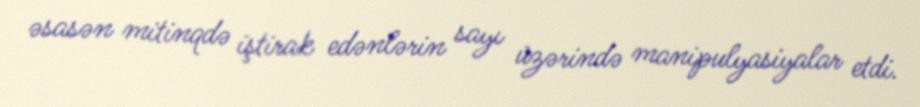
əsasən mitinqdə iştirak edənlərin sayı üzərində manipulyasiyalar etdi.